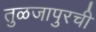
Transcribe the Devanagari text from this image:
तुळजापुरची